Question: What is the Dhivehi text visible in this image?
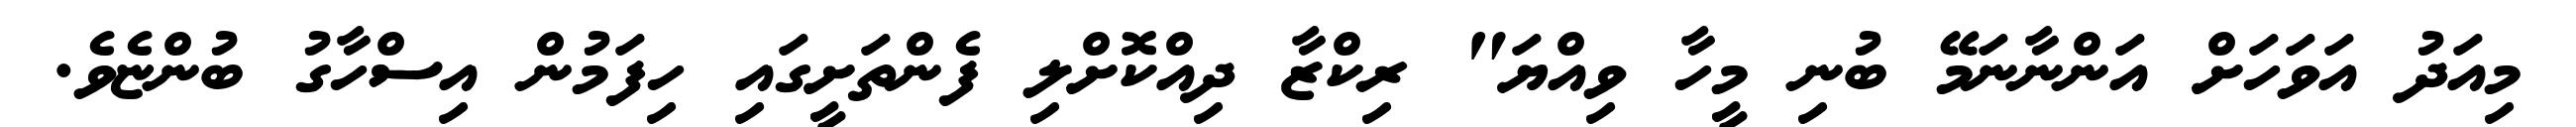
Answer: މިއަދު އަވަހަށް އަންނާނަމޭ ބުނި މީހާ ވިއްޔަ" ރިކްޒާ ދިއްކޮށްލި ފެންތަށީގައި ހިފަމުން އިސްހާގު ބުންޏެވެ.